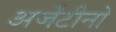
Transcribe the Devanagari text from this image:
अर्जेंटीनो